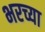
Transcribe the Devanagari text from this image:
भरच्या